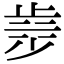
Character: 𣥿